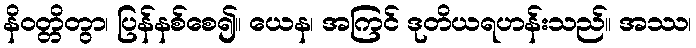
နိဝတ္တိတွာ၊ ပြန်နစ်စေ၍။ ယေန၊ အကြင် ဒုတိယရဟန်းသည်။ အဿ၊